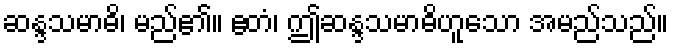
ဆန္ဒသမာဓိ၊ မည်၏။ ဧတံ၊ ဤဆန္ဒသမာဓိဟူသော အမည်သည်။